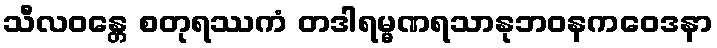
သီလဝန္တေ စတုရဿကံ တဒါရမ္မဏရသာနုဘဝနကဝေဒနာ